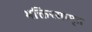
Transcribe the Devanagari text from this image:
भक्तिरसामृत